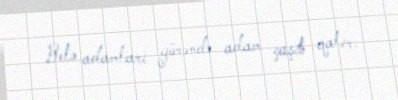
Belə adamları görəndə adam çaşıb qalır.